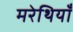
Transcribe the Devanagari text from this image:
मरेथियाँ